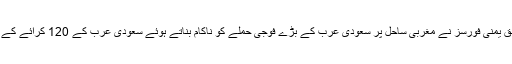
غیر ملکی میڈیا کے مطابق یمنی فورسز نے مغربی ساحل پر سعودی عرب کے بڑے فوجی حملے کو ناکام بناتے ہوئے سعودی عرب کے 120 کرائے کے فوجی ہلاک کردیئے ہیں۔